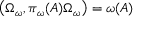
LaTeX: \left( \Omega _ { \omega } , \pi _ { \omega } ( A ) \Omega _ { \omega } \right) = \omega ( A )